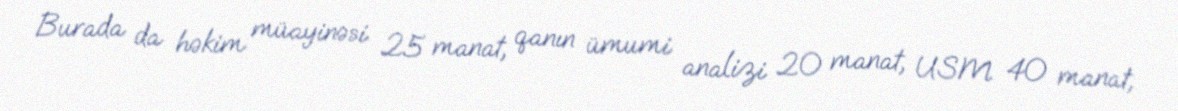
Burada da həkim müayinəsi 25 manat, qanın ümumi analizi 20 manat, USM 40 manat,